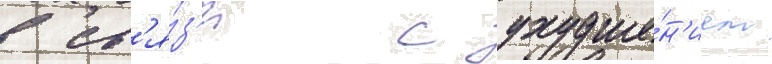
В св'я́з'и с ухудше́н'ием